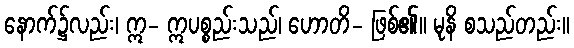
နောက်၌လည်း၊ ဣ- ဣပစ္စည်းသည်၊ ဟောတိ- ဖြစ်၏။ မုနိ စသည်တည်း။